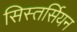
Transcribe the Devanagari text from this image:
सिस्तर्सियन